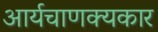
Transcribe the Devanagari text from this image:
आर्यचाणक्यकार